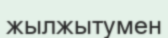
жылжытумен